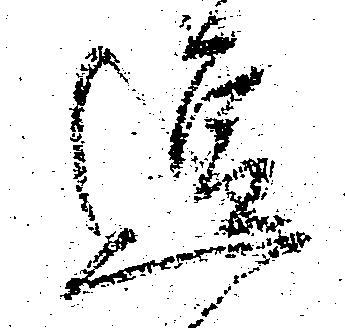
逗